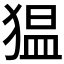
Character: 𱮋